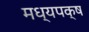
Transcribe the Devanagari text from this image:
मध्यपक्ष